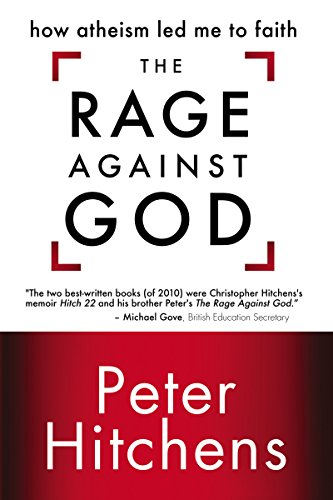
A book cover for The Rage Against God: How Atheism Led Me to Faith; Peter Hitchens; Religion & Spirituality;